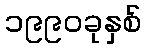
၁၉၉၀ခုနှစ်